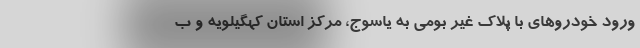
ورود خودروهای با پلاک‌ غیر بومی به یاسوج، مرکز استان کهگیلویه و ب